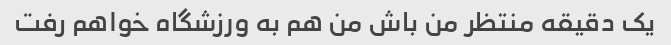
یک دقیقه منتظر من باش من هم به ورزشگاه خواهم رفت